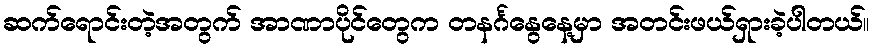
ဆက်ရောင်းတဲ့အတွက် အာဏာပိုင်တွေက တနင်္ဂနွေနေ့မှာ အတင်းဖယ်ရှားခဲ့ပါတယ်။